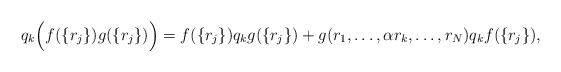
LaTeX: \begin{align*}q_k \Big(f(\{r_j\}) g(\{r_j\})\Big)=f(\{r_j\})q_k g(\{r_j\})+g(r_1,\dots,\alpha r_k,\dots,r_N)q_k f(\{r_j\}),\end{align*}